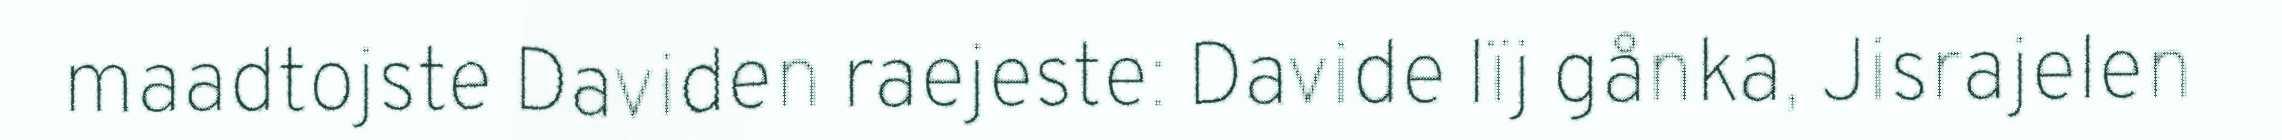
maadtojste Daviden raejeste: Davide lïj gånka, Jisrajelen